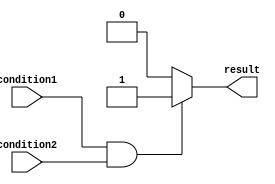
module if_else_statement (
    input wire condition1,
    input wire condition2,
    output reg result
);

always @* begin
    if (condition1 && condition2) begin
        // Both conditions are true
        result = 1;
    end else begin
        // Either condition is false
        result = 0;
    end
end

endmodule